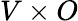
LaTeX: V\times O